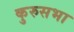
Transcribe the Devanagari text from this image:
कुरुसभा